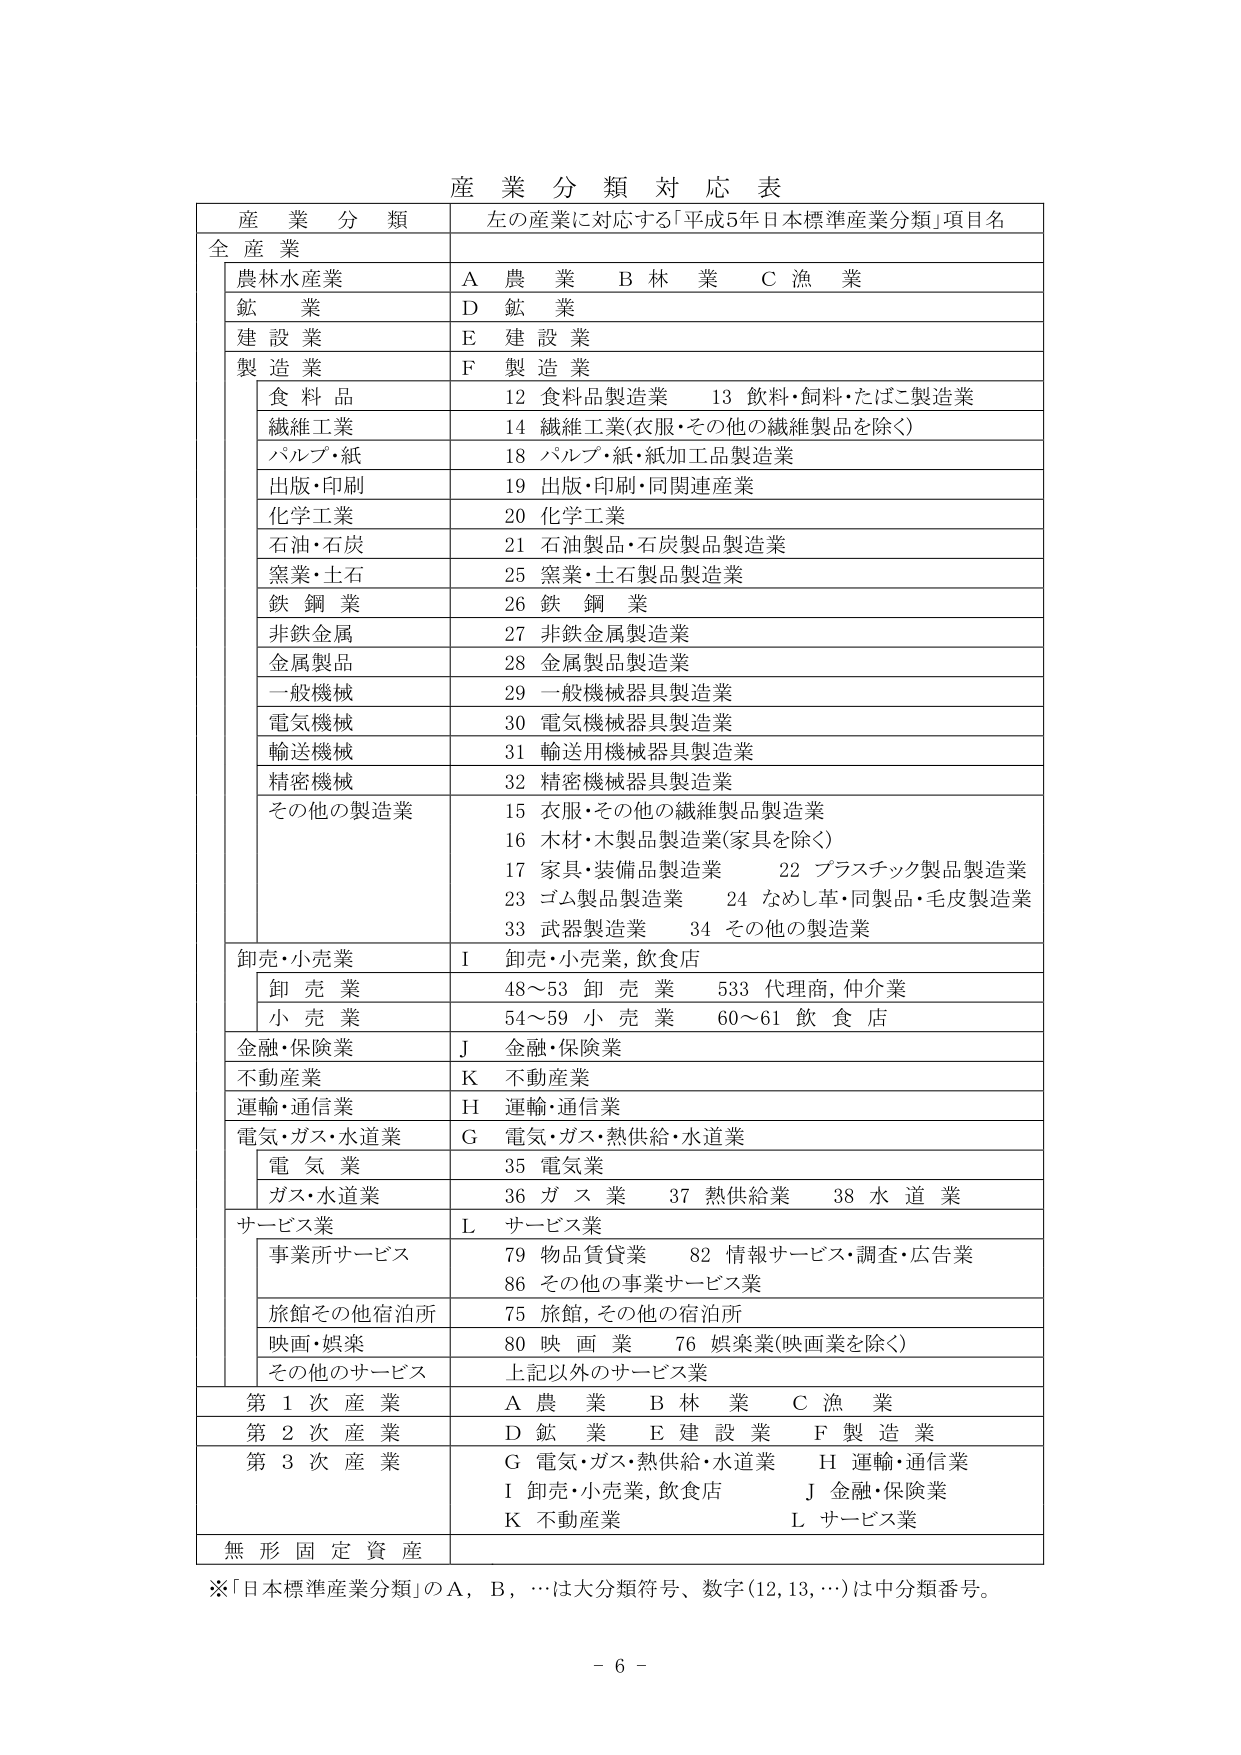
産 業 分 類 対 応 表

産 業 分 類 左の産業に対応する「平成5年日本標準産業分類」項目名

全 産 業

農林水産業 A 農 業 B 林 業 C 漁 業

鉱 業 D 鉱 業

建 設 業 E 建 設 業

製 造 業 F 製 造 業

食 料 品 12 食料品製造業 13 飲料・飼料・たばこ製造業

繊維工業 14 繊維工業(衣服・その他の繊維製品を除く)

パルプ・紙 18 パルプ・紙・紙加工品製造業

出版・印刷 19 出版・印刷・同関連産業

化学工業 20 化学工業

石油・石炭 21 石油製品・石炭製品製造業

窯業・土石 25 窯業・土石製品製造業

鉄 鋼 業 26 鉄 鋼 業

非鉄金属 27 非鉄金属製造業

金属製品 28 金属製品製造業

一般機械 29 一般機械器具製造業

電気機械 30 電気機械器具製造業

輸送機械 31 輸送用機械器具製造業

精密機械 32 精密機械器具製造業

その他の製造業 15 衣服・その他の繊維製品製造業

16 木材・木製品製造業(家具を除く)

17 家具・装備品製造業 22 プラスチック製品製造業

23 ゴム製品製造業 24 なめし革・同製品・毛皮製造業

33 武器製造業 34 その他の製造業

卸売・小売業 I 卸売・小売業, 飲食店

卸 売 業 48～53 卸 売 業 533 代理商, 仲介業

小 売 業 54～59 小 売 業 60～61 飲 食 店

金融・保険業 J 金融・保険業

不動産業 K 不動産業

運輸・通信業 H 運輸・通信業

電気・ガス・水道業 G 電気・ガス・熱供給・水道業

電 気 業 35 電気業

ガス・水道業 36 ガ ス 業 37 熱供給業 38 水 道 業

サービス業 L サービス業

事業所サービス 79 物品賃貸業 82 情報サービス・調査・広告業

86 その他の事業サービス業

旅館その他宿泊所 75 旅館, その他の宿泊所

映画・娯楽 80 映 画 業 76 娯楽業(映画業を除く)

その他のサービス 上記以外のサービス業

第 1 次 産 業 A 農 業 B 林 業 C 漁 業

第 2 次 産 業 D 鉱 業 E 建 設 業 F 製 造 業

第 3 次 産 業 G 電気・ガス・熱供給・水道業 H 運輸・通信業

I 卸売・小売業, 飲食店 J 金融・保険業

K 不動産業 L サービス業

無 形 固 定 資 産

※「日本標準産業分類」の A, B, …は大分類符号、数字(12, 13, …)は中分類番号。

- 6 -